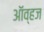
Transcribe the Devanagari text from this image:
ऑव्हज